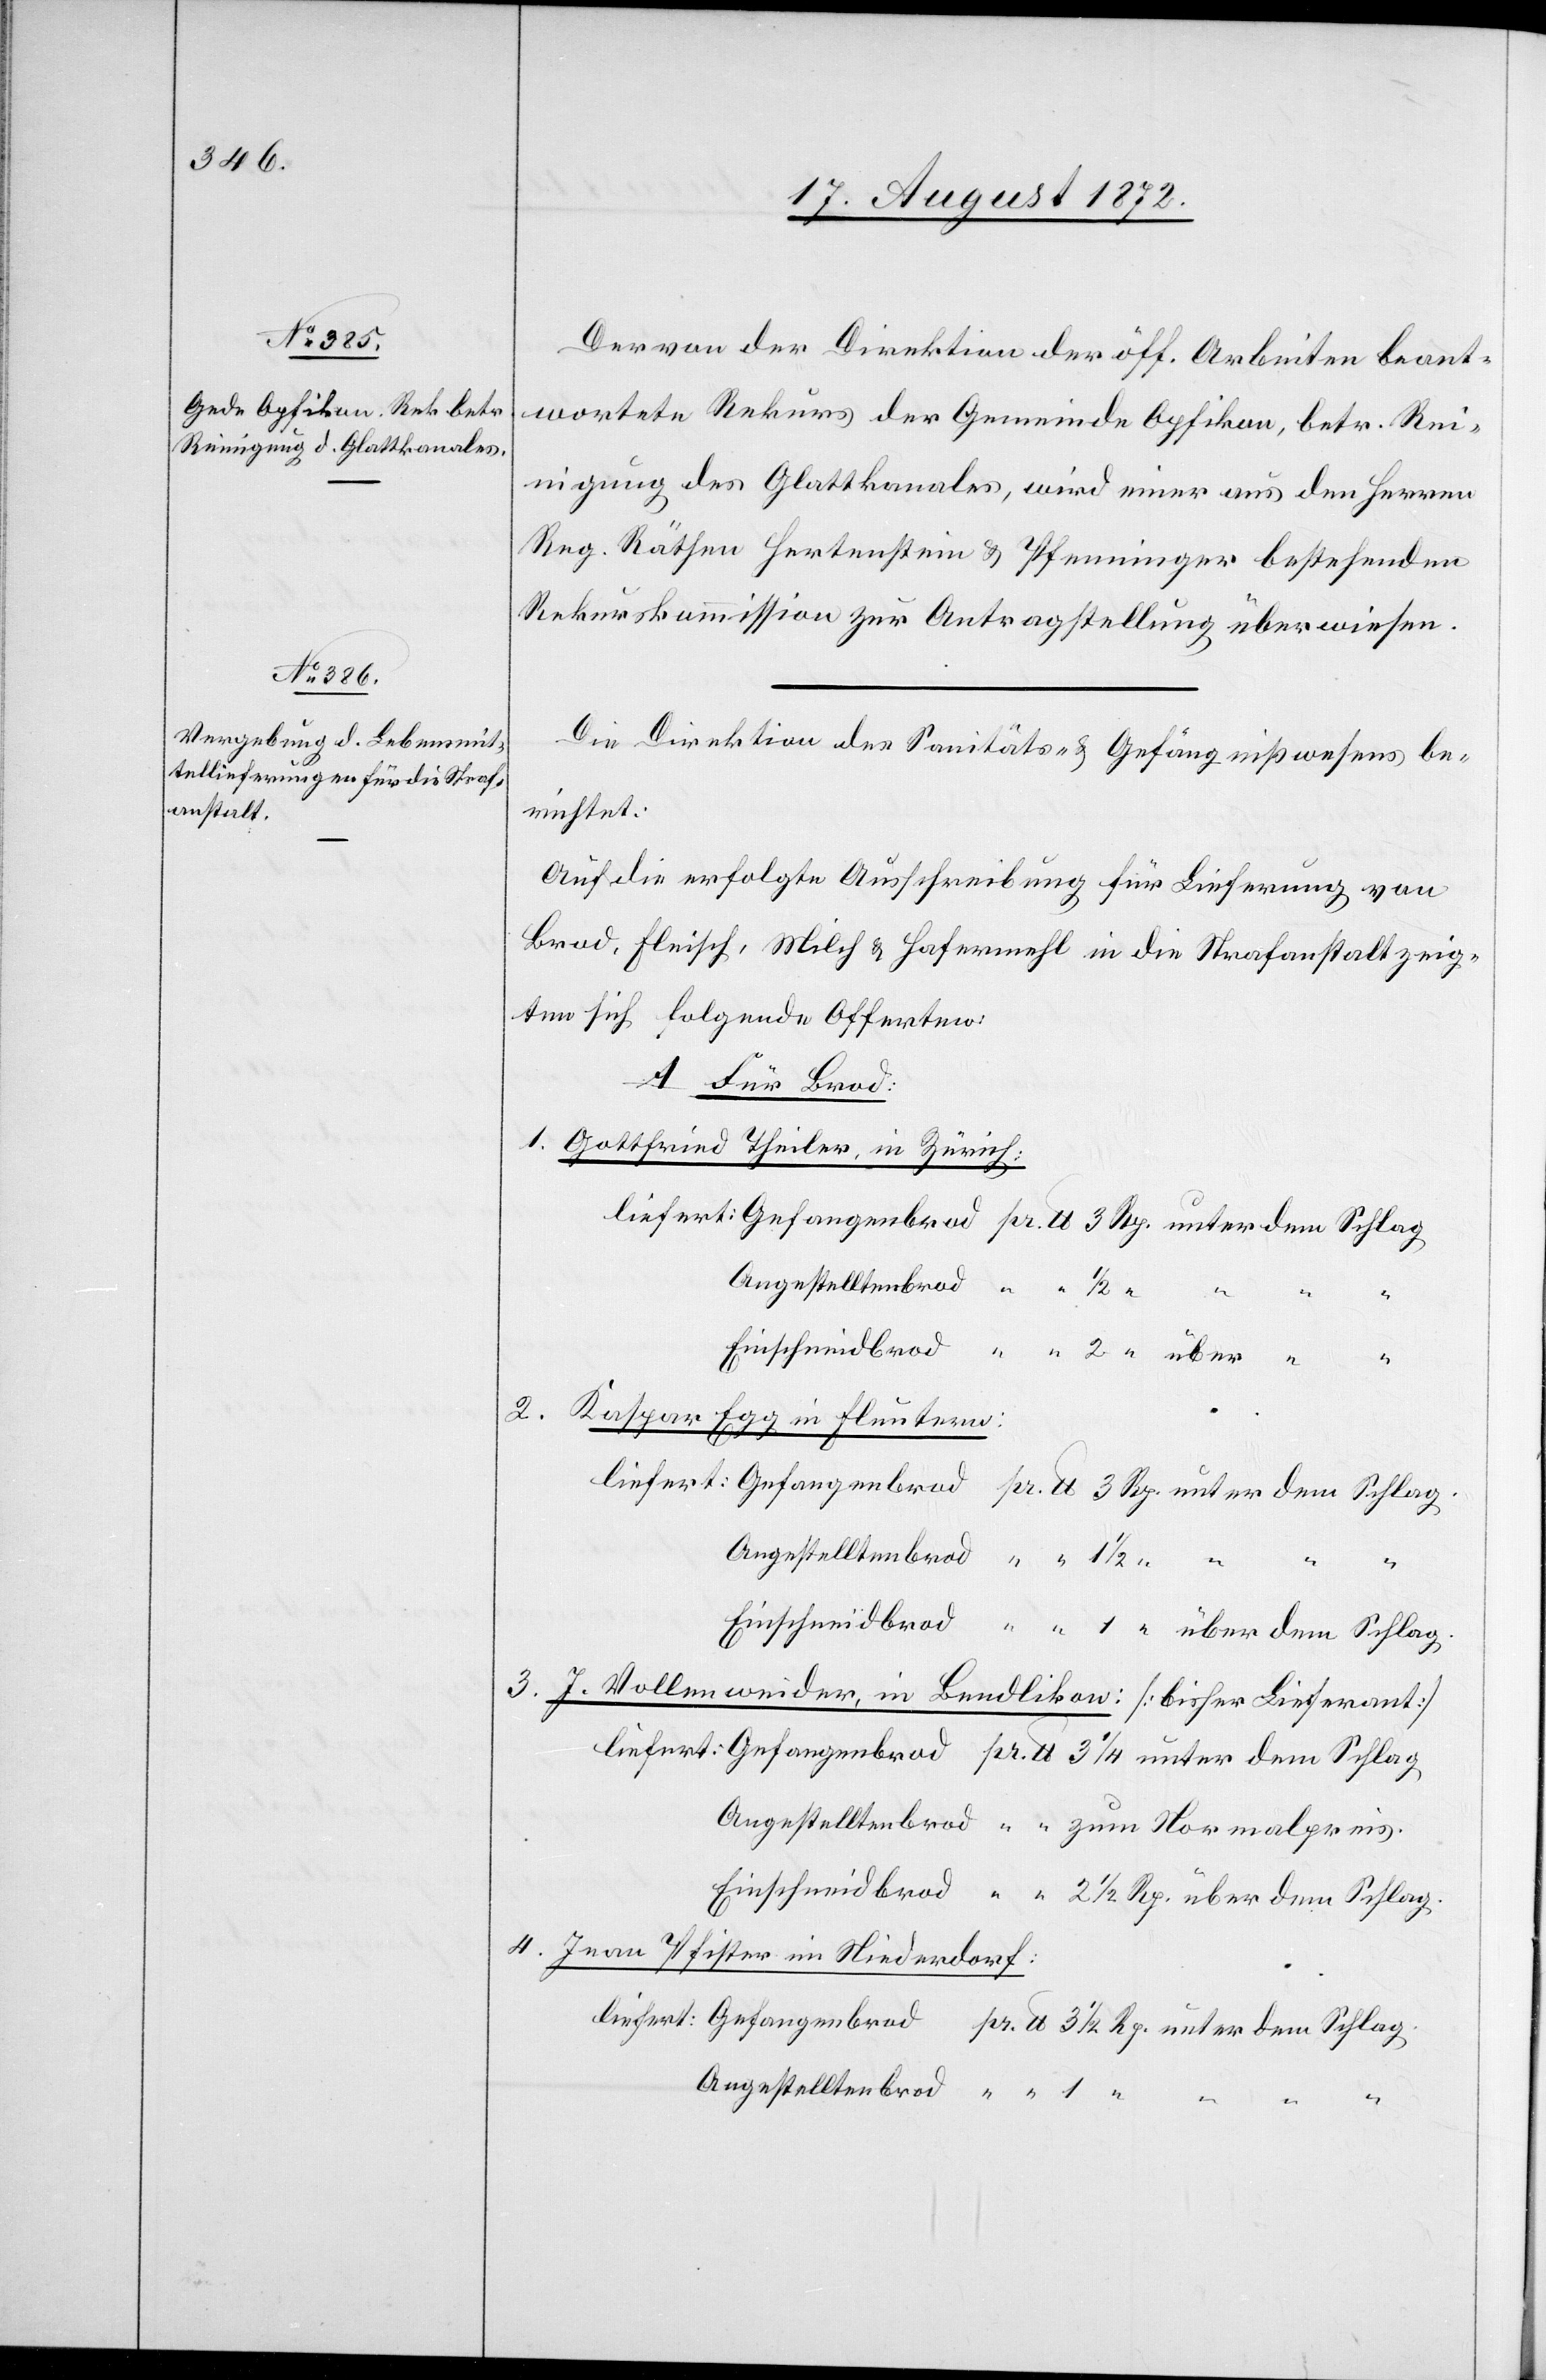
Der von der Direktion der öff. Arbeiten beant¬
wortete Rekurs der Gemeinde Opfikon, betr. Rei¬
nigung des Glattkanales, wird einer aus den Herren
Reg. Räthen Hertenstein u. Pfenninger bestehenden
Rekurskommission zur Antragstellung überwiesen.
Die Direktion des Sanitäts- u. Gefängnißwesens be¬
richtet:
Auf die erfolgte Ausschreibung für Lieferung von
Brod, Fleisch, Milch u. Hafermehl in die Strafanstalt zeig¬
ten sich folgende Offerten:
A. Für Brod:
1. Gottfried Theiler, in Zürich:
Angestelltenbrod
Rp.
2.
Kaspar Egg in Fluntern:
1
3. J. Vollenweider, in Bendlikon: [bisher Lieferant]
4. Jean Pfister im Niederdorf: